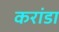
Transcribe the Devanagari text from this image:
करांडा